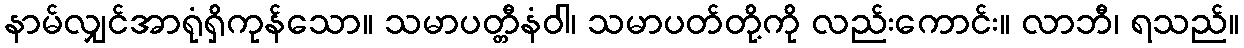
နာမ်လျှင်အာရုံရှိကုန်သော။ သမာပတ္တီနံဝါ၊ သမာပတ်တို့ကို လည်းကောင်း။ လာဘီ၊ ရသည်။